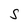
Character: S